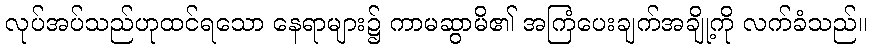
လုပ်အပ်သည်ဟုထင်ရသော နေရာများ၌ ကာမဆွာမိ၏ အကြံပေးချက်အချို့ကို လက်ခံသည်။